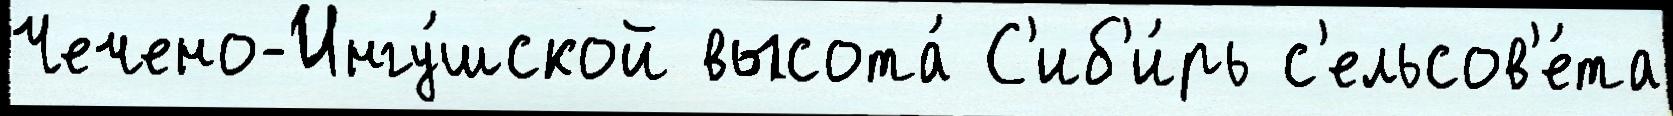
Чечено-Ингу́шской высота́ С'иб'и́рь с'ельсов'е́та